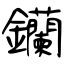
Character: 钄